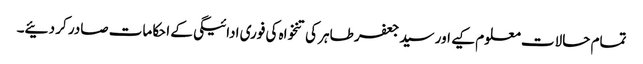
تمام حالات معلوم کیے اور سید جعفر طاہر کی تنخواہ کی فوری ادائیگی کے احکامات صادر کر دئیے۔